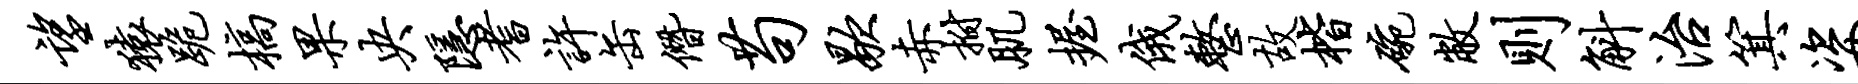
望猿跪槁果央隐耆许缶僭苟歇赤拊肌握俄整故楷碗敝则斛治箕姿